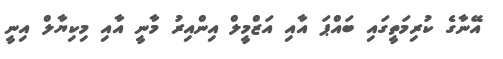
އޭނާގެ ކުރިމަތީގައި ބައްޕަ އާއި އަޒްމީލް އިންއިރު މާނީ އާއި މިކިޔާލް އިނީ